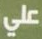
على